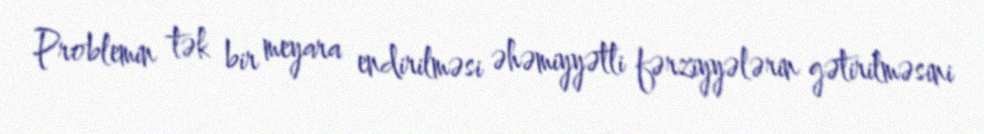
Problemin tək bir meyara endirilməsi əhəmiyyətli fərziyyələrin gətirilməsini